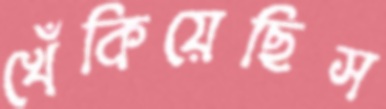
খেঁকিয়েছিস